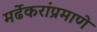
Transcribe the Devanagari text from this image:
मर्ढेकरांप्रमाणे